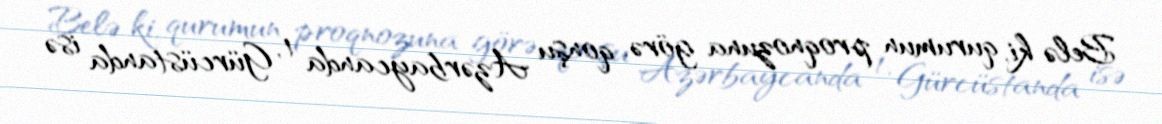
Belə ki, qurumun proqnozuna görə, qonşu Azərbaycanda 1, Gürcüstanda isə